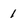
Character: 1